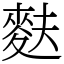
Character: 麩